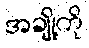
အချို့ကို